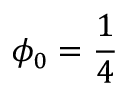
\phi _ { 0 } = \frac 1 4